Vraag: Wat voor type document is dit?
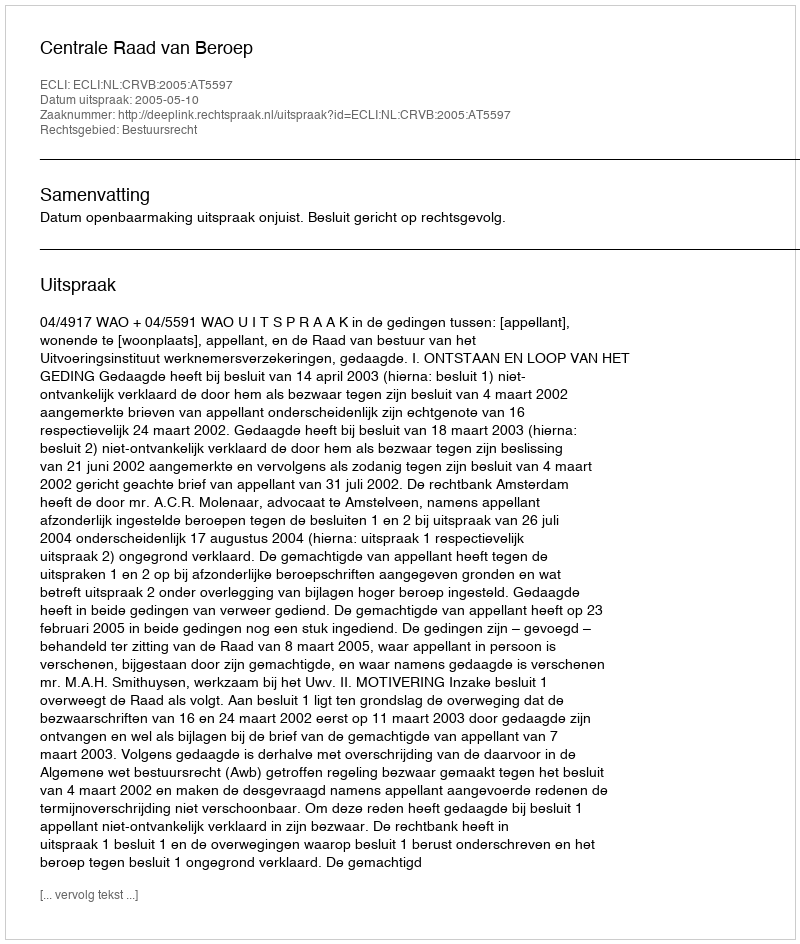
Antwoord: Uitspraak